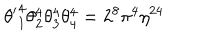
LaTeX: { \theta ^ { \prime } } _ { 1 } ^ { 4 } \theta _ { 2 } ^ { 4 } \theta _ { 3 } ^ { 4 } \theta _ { 4 } ^ { 4 } = 2 ^ { 8 } \pi ^ { 4 } \eta ^ { 2 4 }